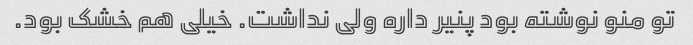
تو منو نوشته بود پنیر داره ولی نداشت. خیلی هم خشک بود.